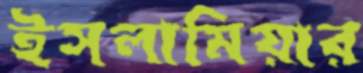
ইসলামিয়ার